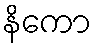
နိကော